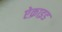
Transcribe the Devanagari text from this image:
ऐक्राइड